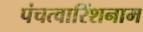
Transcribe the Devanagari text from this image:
पंचत्वारिंशनाम